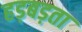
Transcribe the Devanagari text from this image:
हड़बड़ता